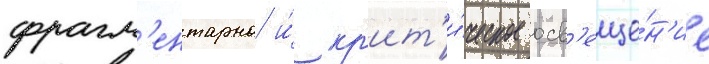
фрагм'ентарно и́ кр'ит'и́ческое осв'еще́н'ие